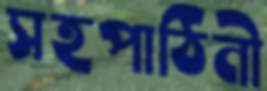
সহপাঠিনী